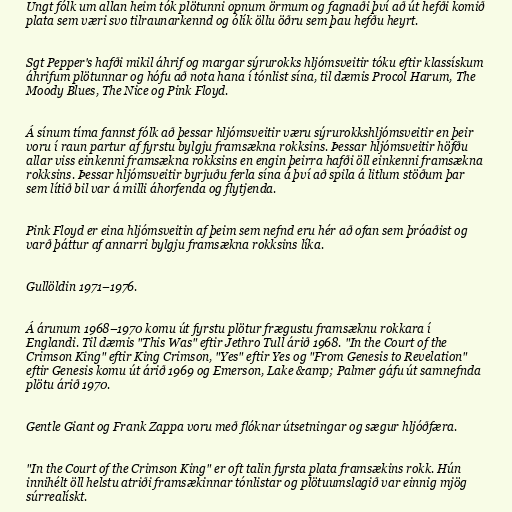
Ungt fólk um allan heim tók plötunni opnum örmum og fagnaði því að út hefði komið
plata sem væri svo tilraunarkennd og ólík öllu öðru sem þau hefðu heyrt.

Sgt Pepper's hafði mikil áhrif og margar sýrurokks hljómsveitir tóku eftir klassískum
áhrifum plötunnar og hófu að nota hana í tónlist sína, til dæmis Procol Harum, The
Moody Blues, The Nice og Pink Floyd.

Á sínum tíma fannst fólk að þessar hljómsveitir væru sýrurokkshljómsveitir en þeir
voru í raun partur af fyrstu bylgju framsækna rokksins. Þessar hljómsveitir höfðu
allar viss einkenni framsækna rokksins en engin þeirra hafði öll einkenni framsækna
rokksins. Þessar hljómsveitir byrjuðu ferla sína á því að spila á litlum stöðum þar
sem lítið bil var á milli áhorfenda og flytjenda.

Pink Floyd er eina hljómsveitin af þeim sem nefnd eru hér að ofan sem þróaðist og
varð þáttur af annarri bylgju framsækna rokksins líka.

Gullöldin 1971–1976.

Á árunum 1968–1970 komu út fyrstu plötur frægustu framsæknu rokkara í
Englandi. Til dæmis "This Was" eftir Jethro Tull árið 1968. "In the Court of the
Crimson King" eftir King Crimson, "Yes" eftir Yes og "From Genesis to Revelation"
eftir Genesis komu út árið 1969 og Emerson, Lake &amp; Palmer gáfu út samnefnda
plötu árið 1970.

Gentle Giant og Frank Zappa voru með flóknar útsetningar og sægur hljóðfæra.

"In the Court of the Crimson King" er oft talin fyrsta plata framsækins rokk. Hún
innihélt öll helstu atriði framsækinnar tónlistar og plötuumslagið var einnig mjög
súrrealískt.